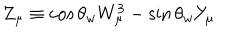
Z _ { \mu } \equiv \cos \theta _ { w } W _ { \mu } ^ { 3 } - \sin \theta _ { w } Y _ { \mu }